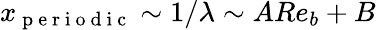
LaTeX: x_{\mathrm{~p~e~r~i~o~d~i~c~}}\sim 1/\lambda\sim ARe_{b}+B